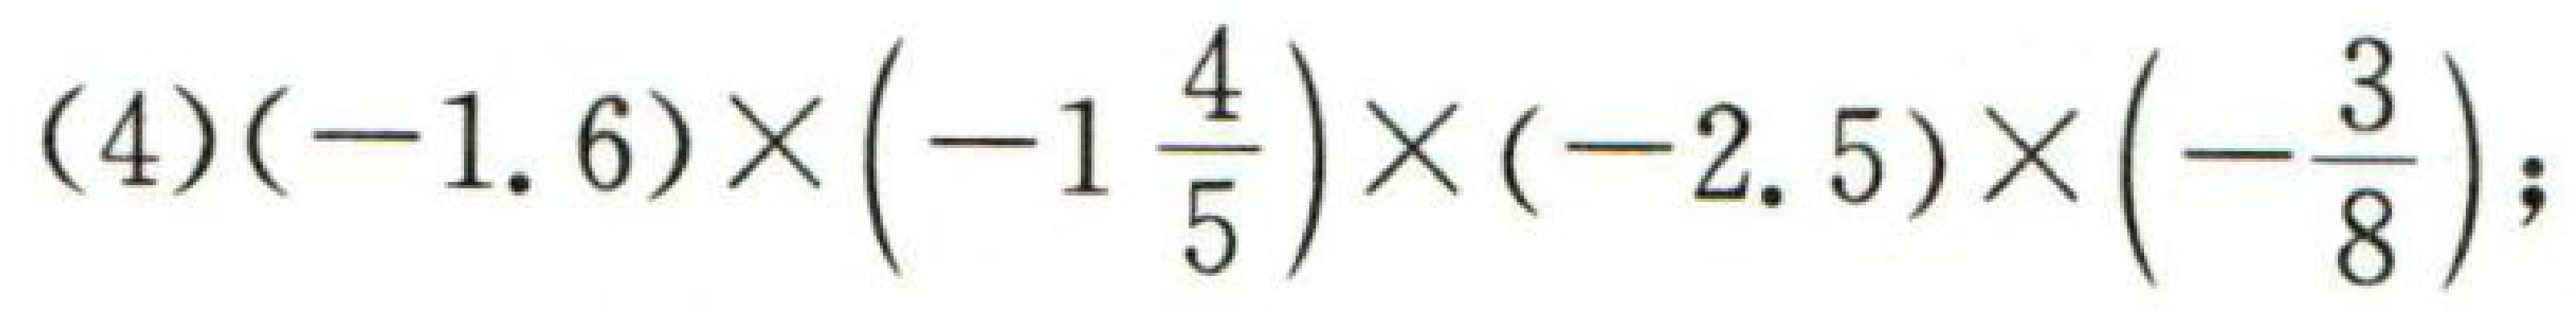
\((4)(-1.6)\times\left(-1\frac{4}{5}\right)\times(-2.5)\times\left(-\frac{3}{8}\right);\)